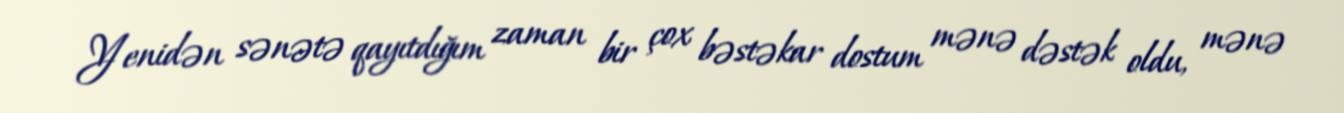
Yenidən sənətə qayıtdığım zaman bir çox bəstəkar dostum mənə dəstək oldu, mənə